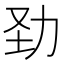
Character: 𠡍